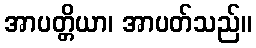
အာပတ္တိယာ၊ အာပတ်သည်။